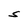
Character: S